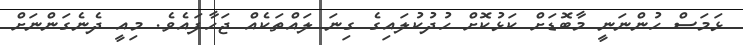
ޅަމަސް ހުންނަނީ މާބޮޑަށް ކަޅުކޮށް ހުދުކުލައިގެ ގިނަ ލައްތަކެއް ޖަހާފައެވެ. މިއީ ދެނެގަންނަށް